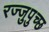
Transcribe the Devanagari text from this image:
रज्जुपुच्छ